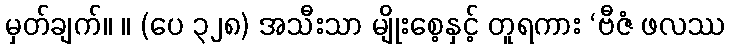
မှတ်ချက်။ ။ (ပေ ၃၂၈) အသီးသာ မျိုးစေ့နှင့် တူရကား ‘ဗီဇံ ဖလဿ